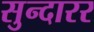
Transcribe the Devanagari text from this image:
सुन्दारर